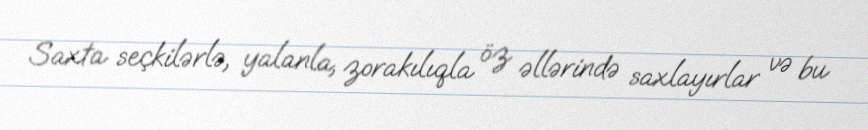
Saxta seçkilərlə, yalanla, zorakılıqla öz əllərində saxlayırlar və bu